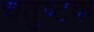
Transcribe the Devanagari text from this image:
चतुष्टक